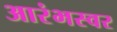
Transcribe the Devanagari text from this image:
आरंभस्वर